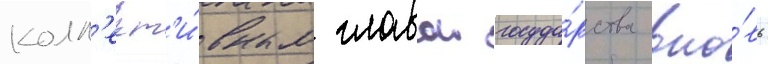
колл'ект'и́вным главои госуда́рства вно́вь